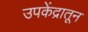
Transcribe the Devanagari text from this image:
उपकेंद्रातून